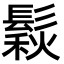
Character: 鬏